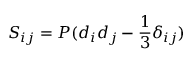
S _ { i j } = P ( d _ { i } d _ { j } - \frac { 1 } { 3 } \delta _ { i j } )